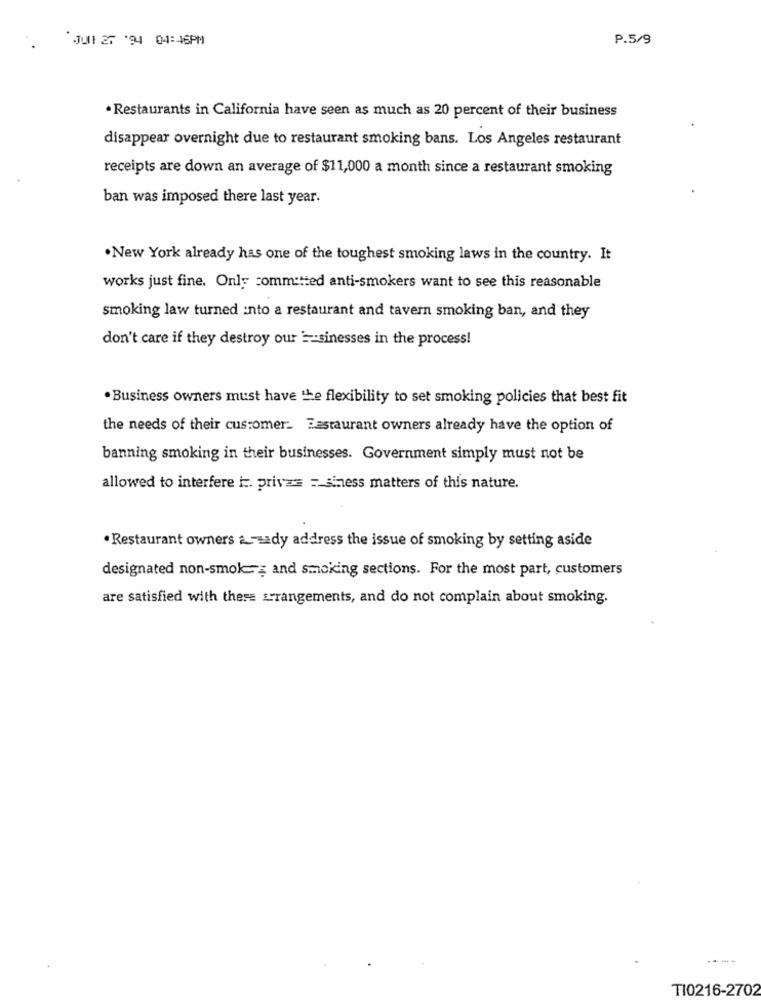
JUNI 27 '94 04:46PM
P.5/9
. Restaurants in California have seen as much as 20 percent of their business
disappear overnight due to restaurant smoking bans. Los Angeles restaurant
receipts are down an average of $11,000 a month since a restaurant smoking
ban was imposed there last year.
. New York already has one of the toughest smoking laws in the country. It
works just fine. Only committed anti-smokers want to see this reasonable
smoking law turned into a restaurant and tavern smoking ban, and they
don't care if they destroy our == sinesses in the process!
. Business owners must have the flexibility to set smoking policies that best fit
the needs of their customer_ Restaurant owners already have the option of
banning smoking in their businesses. Government simply must not be
allowed to interfere i :. priva= = siness matters of this nature.
· Restaurant owners asady address the issue of smoking by setting aside
designated non-smoke and smoking sections. For the most part, customers
are satisfied with these srangements, and do not complain about smoking.
----
TI0216-2702